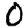
Digit: 0